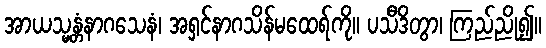
အာယသ္မန္တံနာဂသေနံ၊ အရှင်နာဂသိန်မထေရ်ကို။ ပသီဒိတွာ၊ ကြည်ညို၍။